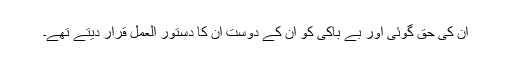
ان کی حق گوئی اور بے باکی کو ان کے دوست ان کا دستور العمل قرار دیتے تھے۔